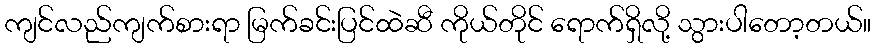
ကျင်လည်ကျက်စားရာ မြက်ခင်းပြင်ထဲဆီ ကိုယ်တိုင် ရောက်ရှိလို့ သွားပါတော့တယ်။